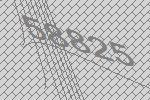
58825